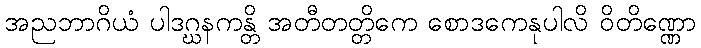
အညဘာဂိယံ ပါဒဂ္ဃနကန္တိ အတီတတ္တိကေ စောဒကေနုပါလိ ဝိတိဏ္ဏော